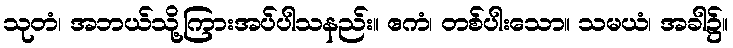
သုတံ၊ အဘယ်သို့ကြားအပ်ပါသနည်း။ ဧကံ၊ တစ်ပါးသော။ သမယံ၊ အခါ၌။